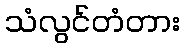
သံလွင်တံတား